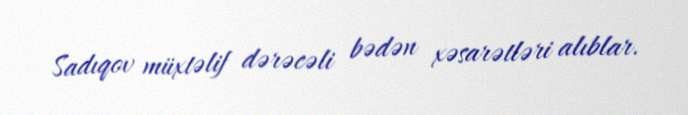
Sadıqov müxtəlif dərəcəli bədən xəsarətləri alıblar.